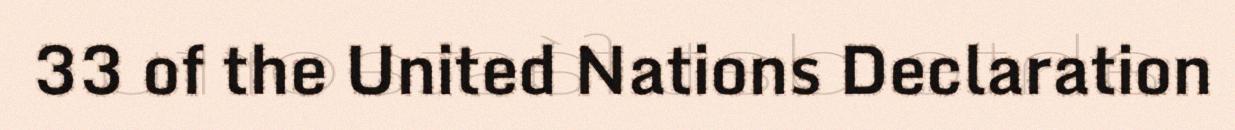
33 of the United Nations Declaration